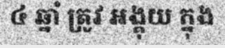
៤ ឆ្នាំ ត្រូវ អង្គុយ ក្នុង